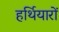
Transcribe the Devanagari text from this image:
हर्थियारों